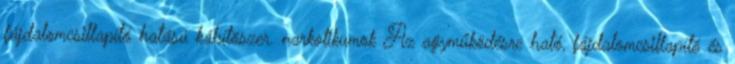
fájdalomcsillapító hatású kábítószer. narkotikumok Az agyműködésre ható, fájdalomcsillapító és